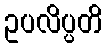
ဥပလိပ္ပတိ